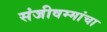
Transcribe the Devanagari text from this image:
संजीवम्मांचा